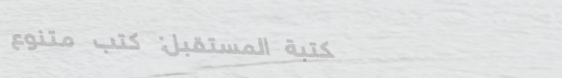
مكتبة المستقبل: كتب متنوع